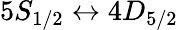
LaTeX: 5S_{1/2}\leftrightarrow 4D_{5/2}